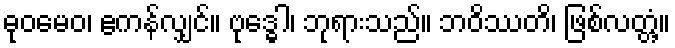
ဓုဝမေဝ၊ ဧကန်လျှင်။ ဗုဒ္ဓေါ၊ ဘုရားသည်။ ဘဝိဿတိ၊ ဖြစ်လတ္တံ့။